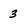
Character: 3